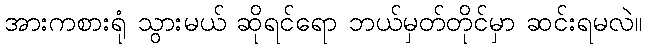
အားကစားရုံ သွားမယ် ဆိုရင်ရော ဘယ်မှတ်တိုင်မှာ ဆင်းရမလဲ။